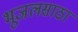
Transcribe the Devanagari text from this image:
भूजलसाठा